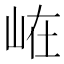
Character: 𭖘